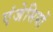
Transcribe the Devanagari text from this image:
एंजेसियों